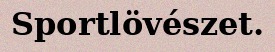
Sportlövészet.